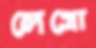
লেগ্রো